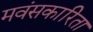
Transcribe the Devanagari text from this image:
मवंसकारिता